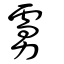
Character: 虜